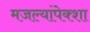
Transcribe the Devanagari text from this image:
मजल्यांपेक्शा